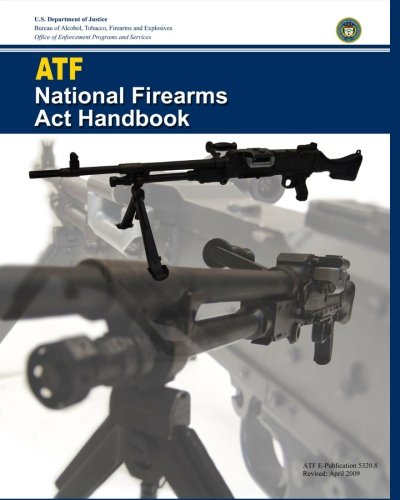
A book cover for ATF National Firearms Act Handbook; U.S. Department of Justice; Law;